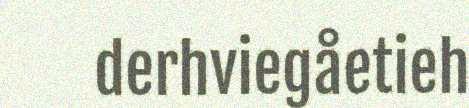
derhviegåetieh